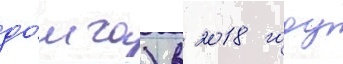
до́лга) в 2018 году